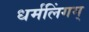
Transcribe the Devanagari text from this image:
धर्मलिंगम्